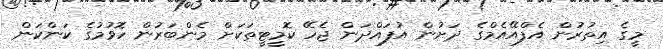
މީގެ އިތުރުން އެފްއޭއެމްގެ ދަށުން އުފައްދަން ޖެހޭ ކޮމީޓީތަކަށް މެންބަރުން ހޮވުމުގެ ކަންކަން